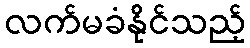
လက်မခံနိုင်သည့်